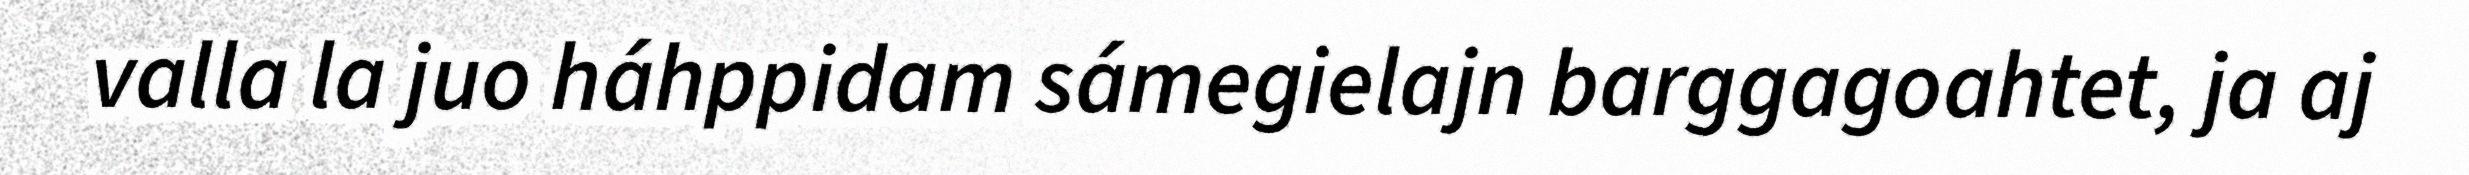
valla la juo háhppidam sámegielajn barggagoahtet, ja aj